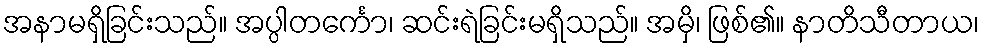
အနာမရှိခြင်းသည်။ အပ္ပါတင်္ကော၊ ဆင်းရဲခြင်းမရှိသည်။ အမှိ၊ ဖြစ်၏။ နာတိသီတာယ၊